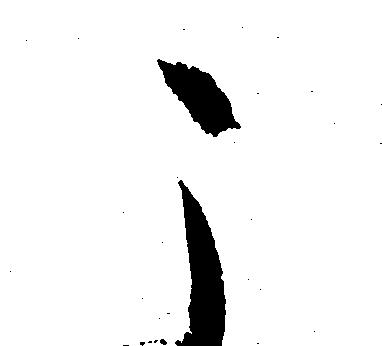
こ